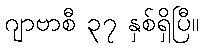
ဂျာဗာစီ ၃၇ နှစ်ရှိပြီ။